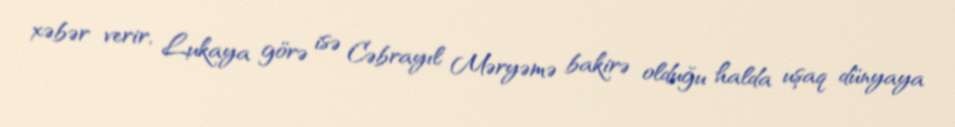
xəbər verir, Lukaya görə isə Cəbrayıl Məryəmə bakirə olduğu halda uşaq dünyaya